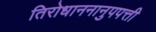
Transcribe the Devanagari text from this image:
तिरोधाननानुपपत्ती